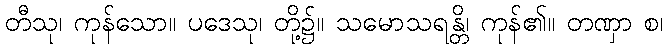
တီသု၊ ကုန်သော။ ပဒေသု၊ တို့၌။ သမောသရန္တိ၊ ကုန်၏။ တဏှာ စ၊